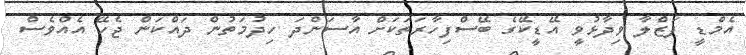
އެމްޑީ ފަޒްލާ ވިދާޅުވީ އޭޑީކޭގެ ބޭސްފިހާރަތަކަށް އާސަންދަ ހިދުމަތުން ދައްކަން ޖެހޭ އެއްވެސް